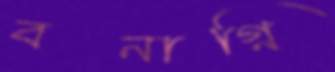
বনাগ্নি